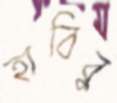
হাবিবু